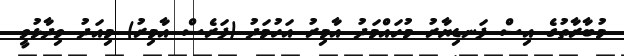
މުބާރާތުގެ އިސް ފަނޑިޔާރު މުހައްމަދު އާމިރު އަހުމަދު (ފަރެސް އާމިރު) މިއަދު ވިދާޅުވީ